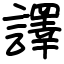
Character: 譯